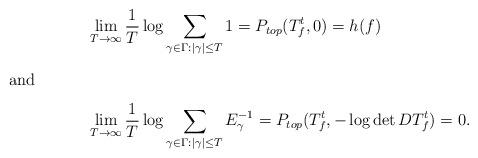
LaTeX: \begin{align*}&\lim_{T\to \infty}\frac{1}{T}\log \sum_{\gamma\in\Gamma:|\gamma|\le T}1= P_{top}(T_f^t,0)=h(f)\intertext{and}&\lim_{T\to \infty}\frac{1}{T}\log \sum_{\gamma\in\Gamma:|\gamma|\le T}E_\gamma^{-1}= P_{top}(T_f^t,-\log \det DT_f^t) =0.\end{align*}